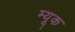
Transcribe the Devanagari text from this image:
म्यूक